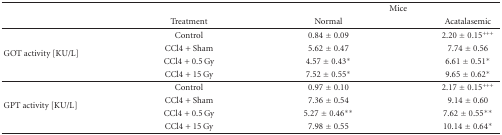
<table><thead><tr><td></td><td></td><td colspan="2"><b>Mice</b></td></tr><tr><td></td><td><b>Treatment</b></td><td><b>Normal</b></td><td><b>Acatalasemic </b></td></tr></thead><tbody><tr><td rowspan="4">GOT activity [KU/L]</td><td>Control</td><td>0.84 ± 0.09</td><td>2.20 ± 0.15<sup>+++</sup></td></tr><tr><td>CCl4 + Sham</td><td>5.62 ± 0.47</td><td>7.74 ± 0.56</td></tr><tr><td>CCl4 + 0.5 Gy</td><td>4.57 ± 0.43*</td><td>6.61 ± 0.51*</td></tr><tr><td>CCl4 + 15 Gy</td><td>7.52 ± 0.55*</td><td>9.65 ± 0.62*</td></tr><tr><td rowspan="4">GPT activity [KU/L]</td><td>Control</td><td>0.97 ± 0.10</td><td>2.17 ± 0.15<sup>+++</sup></td></tr><tr><td>CCl4 + Sham</td><td>7.36 ± 0.54</td><td>9.14 ± 0.60</td></tr><tr><td>CCl4 + 0.5 Gy</td><td>5.27 ± 0.46**</td><td>7.62 ± 0.55**</td></tr><tr><td>CCl4 + 15 Gy</td><td>7.98 ± 0.55</td><td>10.14 ± 0.64*</td></tr></tbody></table>